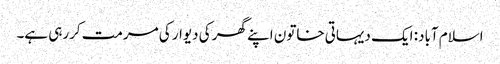
اسلام آباد: ایک دیہاتی خاتون اپنے گھر کی دیوار کی مرمت کررہی ہے۔